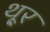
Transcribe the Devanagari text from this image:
थू्र